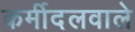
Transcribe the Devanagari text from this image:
कर्मीदलवाले